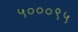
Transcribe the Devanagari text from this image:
५०००९५